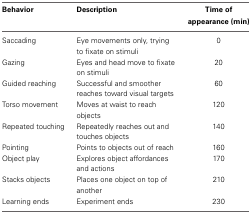
| Behavior | Description | Time of appearance (min) |
 | --- | --- | --- |
 | Saccading | Eye movements only, trying to fixate on stimuli | 0 |
 | Gazing | Eyes and head move to fixate on stimuli | 20 |
 | Guided reaching | Successful and smoother reaches toward visual targets | 60 |
 | Torso movement | Moves at waist to reach objects | 120 |
 | Repeated touching | Repeatedly reaches out and touches objects | 140 |
 | Pointing | Points to objects out of reach | 160 |
 | Object play | Explores object affordances and actions | 170 |
 | Stacks objects | Places one object on top of another | 210 |
 | Learning ends | Experiment ends | 230 |